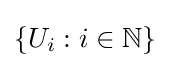
\left\{U_{i}:i\in \mathbb {N} \right\}